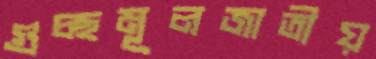
গুচ্ছমূলজাতীয়